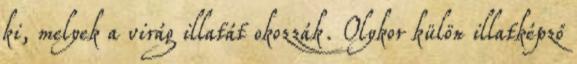
ki, melyek a virág illatát okozzák. Olykor külön illatképző